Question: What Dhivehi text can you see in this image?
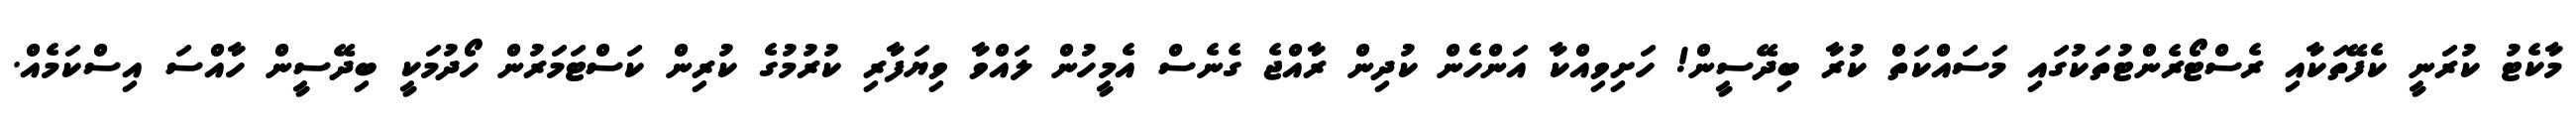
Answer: މާކެޓު ކުރަނީ ކެފޭތަކާއި ރެސްޓޯރެންޓުތަކުގައި މަސައްކަތް ކުރާ ބިދޭސީން! ހަށިވިއްކާ އަންހެން ކުދިން ރާއްޖެ ގެނެސް އެމީހުން ލައްވާ ވިޔަފާރި ކުރުމުގެ ކުރިން ކަސްޓަމަރުން ހޯދުމަކީ ބިދޭސީން ހާއްސަ އިސްކަމެއް.